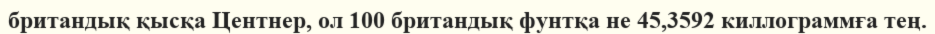
британдық қысқа Центнер, ол 100 британдық фунтқа не 45,3592 киллограммға тең.